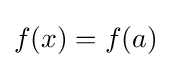
f(x)=f(a)